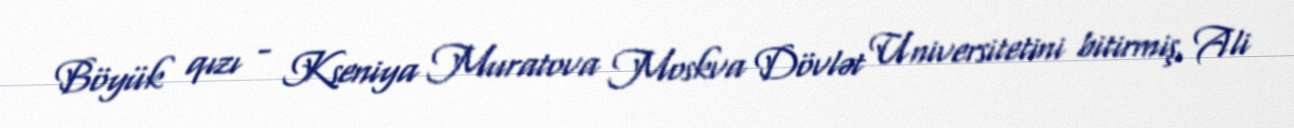
Böyük qızı - Kseniya Muratova Moskva Dövlət Universitetini bitirmiş, Ali